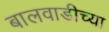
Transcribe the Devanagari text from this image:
बालवाडीच्या